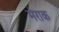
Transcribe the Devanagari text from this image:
मेराक